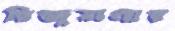
রিজুয়ানার